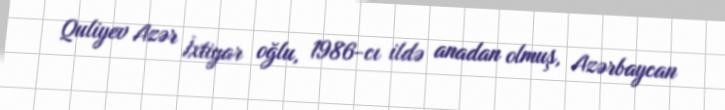
Quliyev Azər İxtiyar oğlu, 1986-cı ildə anadan olmuş, Azərbaycan